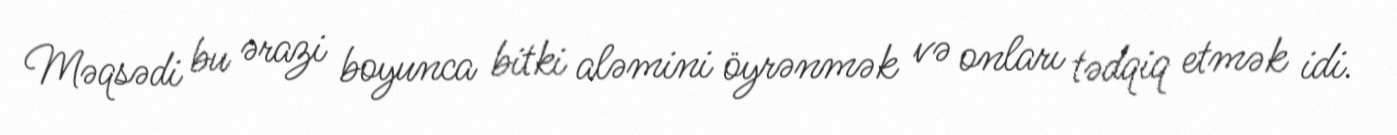
Məqsədi bu ərazi boyunca bitki aləmini öyrənmək və onları tədqiq etmək idi.